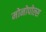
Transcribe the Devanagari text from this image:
मोनोपोल्स